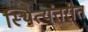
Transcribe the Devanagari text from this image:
स्थित्यंतरीत